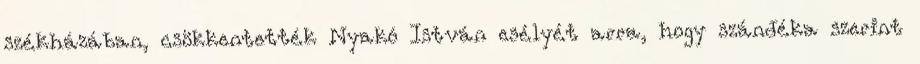
székházában, csökkentették Nyakó István esélyét arra, hogy szándéka szerint